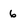
Character: 6